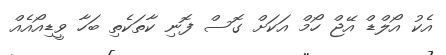
އެކު އޯލްޑް އޭޖް ހޯމް އަކަށް ގޮސް ފޮނި ކާތަކެތި ބަހާ ވީޑިއޯއެއް